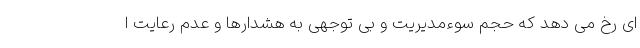
ای رخ می دهد که حجم سوءمدیریت و بی توجهی به هشدارها و عدم رعایت ا